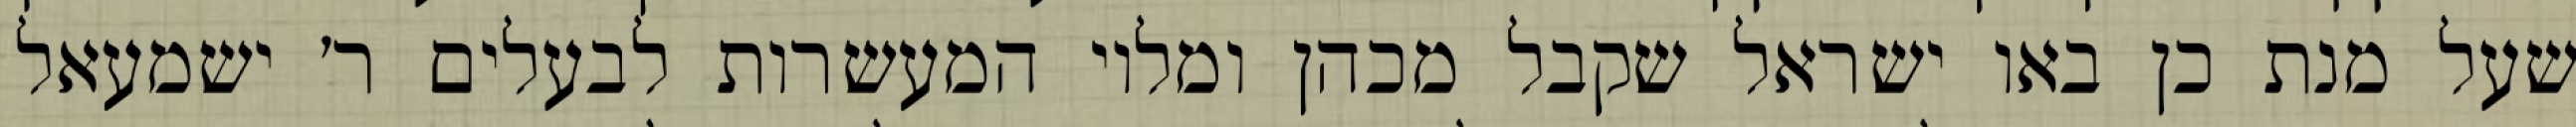
שעל מנת כן באו ישראל שקבל מכהן ומלוי המעשרות לבעלים ר׳ ישמעאל